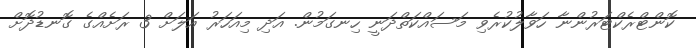
ކޮންޓްރެކްޓަރުންނާ ހަވާލުކުރެވި މަސައްކަތްދަނީ ހިނގަމުން. އަދި މިއަހަރު އަލަށް 3 ރަށެއްގެ ގޮނޑުދޮށް